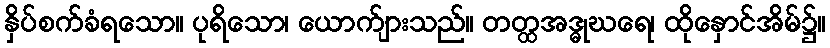
နှိပ်စက်ခံရသော။ ပုရိသော၊ ယောက်ျားသည်။ တတ္ထအဒ္ဓုဃရေ၊ ထိုနှောင်အိမ်၌။